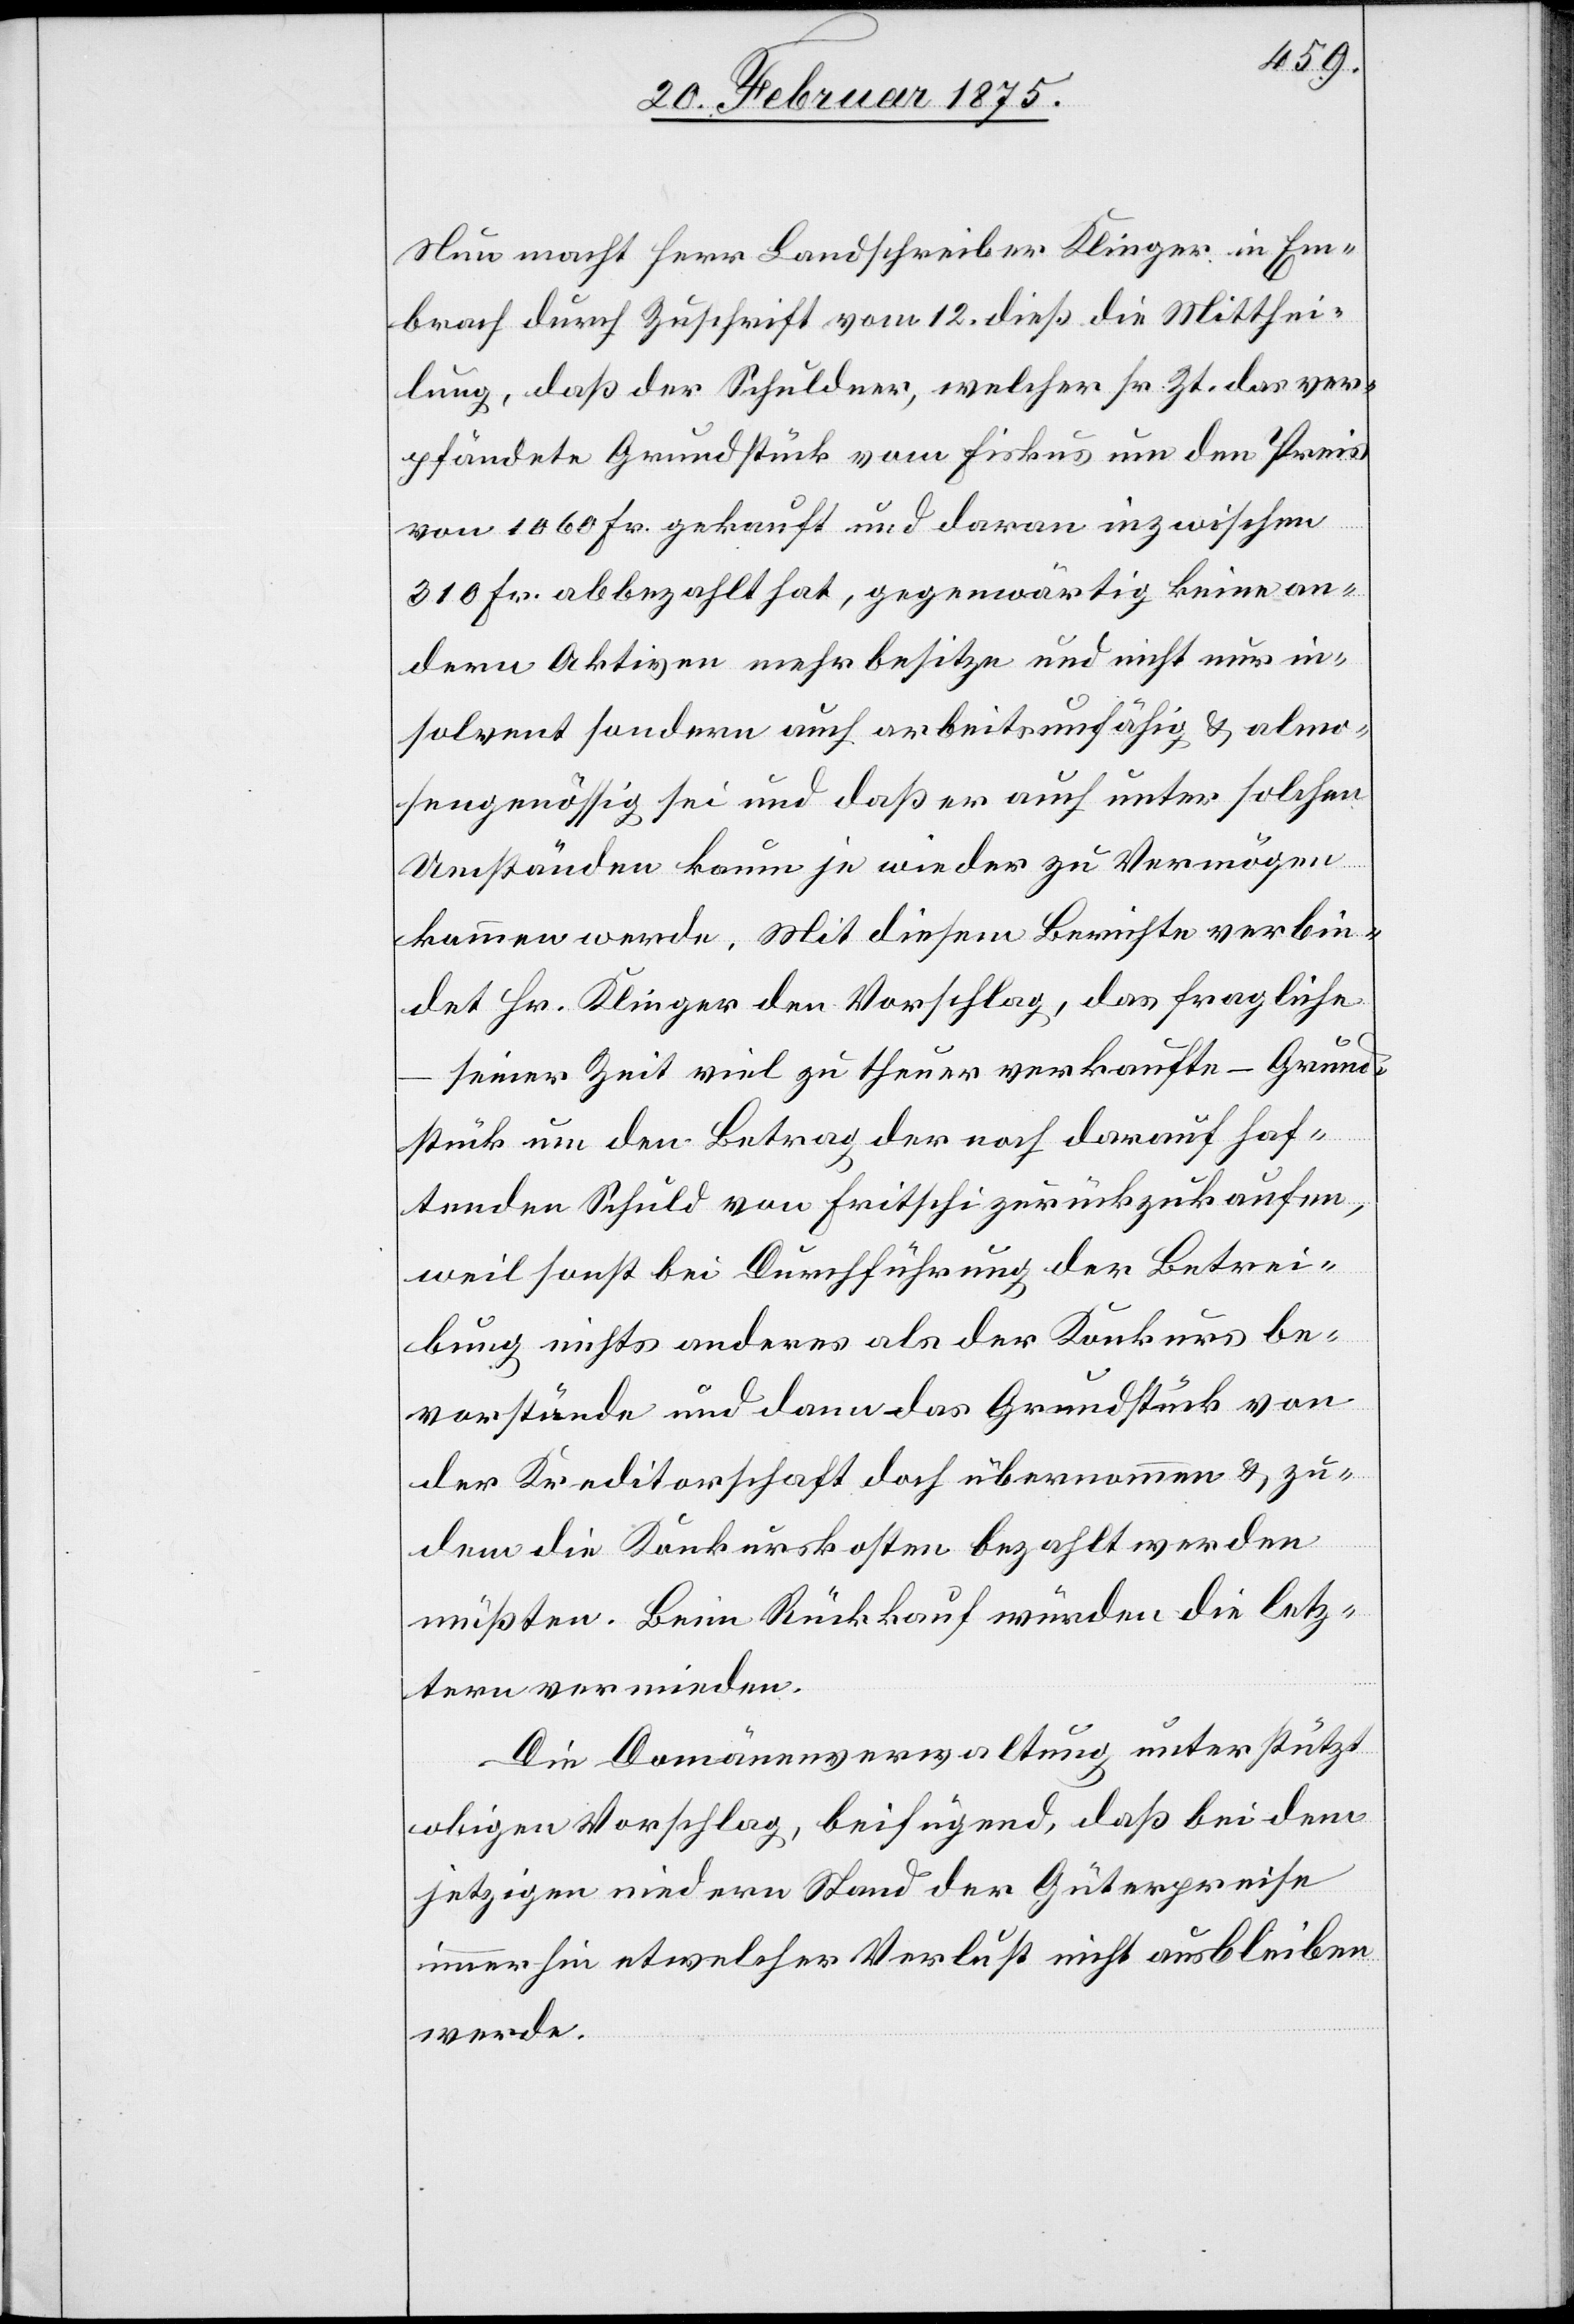
Neu macht Herr Landschreiber Klinger in Em¬
brach durch Zuschrift vom 12. dieß die Mitthei¬
lung, daß der Schuldner, welcher sr. Zt. das ver¬
pfändete Grundstück vom Fiskus um den Preis
von 1060 Fr. gekauft und daran inzwischen
310 Fr. abbezahlt hat, gegenwärtig keine an¬
dern Aktiven mehr besitze und nicht nur in¬
solvent sondern auch arbeitsunfähig & almo¬
sengenössig sei und daß er auch unter solchen
Umständen kaum je wieder zu Vermögen
kommen werde. Mit diesem Berichte verbin¬
det Hr. Klinger den Vorschlag, das fragliche
seiner Zeit viel zu theuer verkaufte – Grund¬
stück um den Betrag der noch darauf haf¬
tenden Schuld von Frischti zurückzukaufen,
weil sonst bei Durchführung der Betrei¬
bung nichts anderes als der Konkurs be¬
vorstünde und dann das Grundstück von
der Kreditorschaft doch übernommen & zu¬
dem die Konkurskosten bezahlt werden
müßten. Beim Rückkauf würden die letz¬
tern vermieden.
Die Domänenverwaltung unterstützt
obigen Vorschlag, beifügend, daß bei dem
jetzigen niedern Stand der Güterpreise
immerhin etwelcher Verlust nicht ausbleiben
werde.